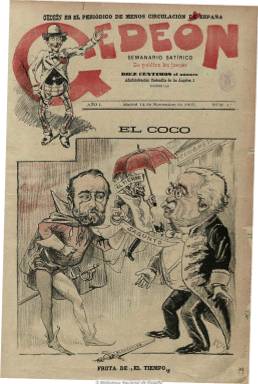
Título: Gedeón (Madrid)
Otros títulos: Calínez
Colección: Revistas satíricas y humorísticas
Ámbito geográfico: Madrid
Lugar de publicación: Madrid
Fechas: 14/11/1895-13/10/1912

Semanario satírico que recupera la tradición del humorismo político de carácter conservador, que tuvo su antecedente en El padre Cobos (1854-1956) y alcanza un gran éxito en el periodo de entre siglos. Aparece el 14 de noviembre de 1895 fruto de la iniciativa de tres escritores y entonces colaboradores de la revista ilustrada Blanco y negro (1891), Luis Royo Villanueva (-1900), Francisco Navarro Ledesma (1869-1905), verdadero inspirador de su línea ideológica, y José Roure Mezquiriz (1865-1909), que hasta su muerte será su primer director. Entre sus redactores y caricaturistas más habituales se encuentran Pedro Antonio Villahermosa que, con el seudónimo Sileno, populariza a los dos principales personajes del periódico, Gedeón y su sobrino Calínez, y Joaquín Moya (-1928).

Empieza a publicarse cada jueves en números de cuatro páginas, acompañando a la cabecera la leyenda “exDiputado a Cortes por Madrid” y, a lo largo de toda su vida, el lema “es el periódico de menor circulación de España”. Sus caricaturas y dibujos a color, con una media de unos seis grabados por número, las inserta en la primera y última páginas, dejando las dos interiores para los textos (en prosa y en verso), compuestos a tres columnas y acompañados de algunos dibujos.

Concitará las iras gubernamentales y sufrirá varias denuncias, sanciones y suspensiones. La principal de estas, entre noviembre de 1898 y enero de 1899, apareciendo en su lugar el periódico Calínez (en alguna bibliografía se identifica, por error, como Galínez). Este tendrá el mismo formato y estructura que la cabecera temporalmente suspendida, y llegará a editar ocho números, mientras que en la serie de Gedeón se produce el salto desde el número 155 al 165, correspondiendo este al 18 de enero de 1899.

El principal blanco de las críticas y las sátiras del semanario lo fueron los líderes del sagastino Partido Liberal, pero también del socialista, y en 1904 la publicación pasará a manos de Rodrigo de Figueroa y Torres (1866-1929, primer duque de la Torre y gobernador civil de Madrid, que también había sido blanco de sus ataques burlescos. Entonces se incorporan a sus páginas escritores satíricos como Antonio Palomero Dechado (1869-1914), con el seudónimo Palomerín; Luis Gabaldón y Blanco (1869-1939) y Luis Taboada; y dibujantes como Joaquín Xaudaró, Ricardo Marín, Exordio Salmerón (Tito), Tovar, Fresno y Vera. Al mismo tiempo sus páginas se abren a la crítica literaria, además de a la teatral y taurina y, según José Eduardo Avellano, manifestará sistemáticamente un discurso anti-modernista, contra el movimiento liderado por Rubén Darío. Y entre 1907 y 1909 reforzará su apoyo al partido conservador durante el gobierno de Antonio Maura (1853-1925).

A finales de diciembre de 1909, el duque de la Victoria se deshace de la propiedad del semanario y se lo entregará por el simbólico precio de una peseta a Torcuato Luca de Tena (1861-1929), quien lo incorpora a su constituida empresa Prensa Española. Gedeón también modificará su formato a la vez que irá aumentando sus páginas, hasta alcanzar las dieciséis, y pasará a imprimir grabados (caricaturas, dibujos, tiras cómicas) en blanco y negro, cambiando también su día de salida, a los miércoles y después a los domingos.

Gedeón, que alcanzará hasta la tirada de 50.000 ejemplares en sus mejores momentos, deja de editarse como publicación independiente al incorporarse como suplemento de Ecos, una nueva cabecera que Prensa Española saca a partir del uno de julio de 1912 como diario informativo de la noche y que sólo durará cinco meses, y posteriormente como suplemento dominical del también diario ABC (1903-).

El último número de la colección de Gedeón de la Biblioteca Nacional corresponde al 13 de octubre de 1912, y carece de los números de Calínez, que sí se encuentran en la colección de Prensa Histórica del Ministerio de Cultura. Su modelo de prensa satírica de carácter político será continuado por El mentidero (1913-1921), que funda Manuel Delgado Barreto.

Algunas imágenes cedidas por TECNODOC.